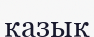
қазық